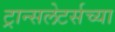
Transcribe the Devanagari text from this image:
ट्रान्सलेटर्सच्या